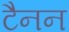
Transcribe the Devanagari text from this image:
टैनन